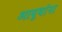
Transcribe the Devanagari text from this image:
आयुधांना